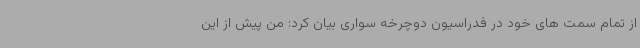
از تمام سمت های خود در فدراسیون دوچرخه سواری بیان کرد: من پیش از این